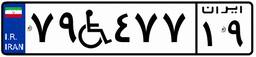
۷۹W۴۷۷۱۹